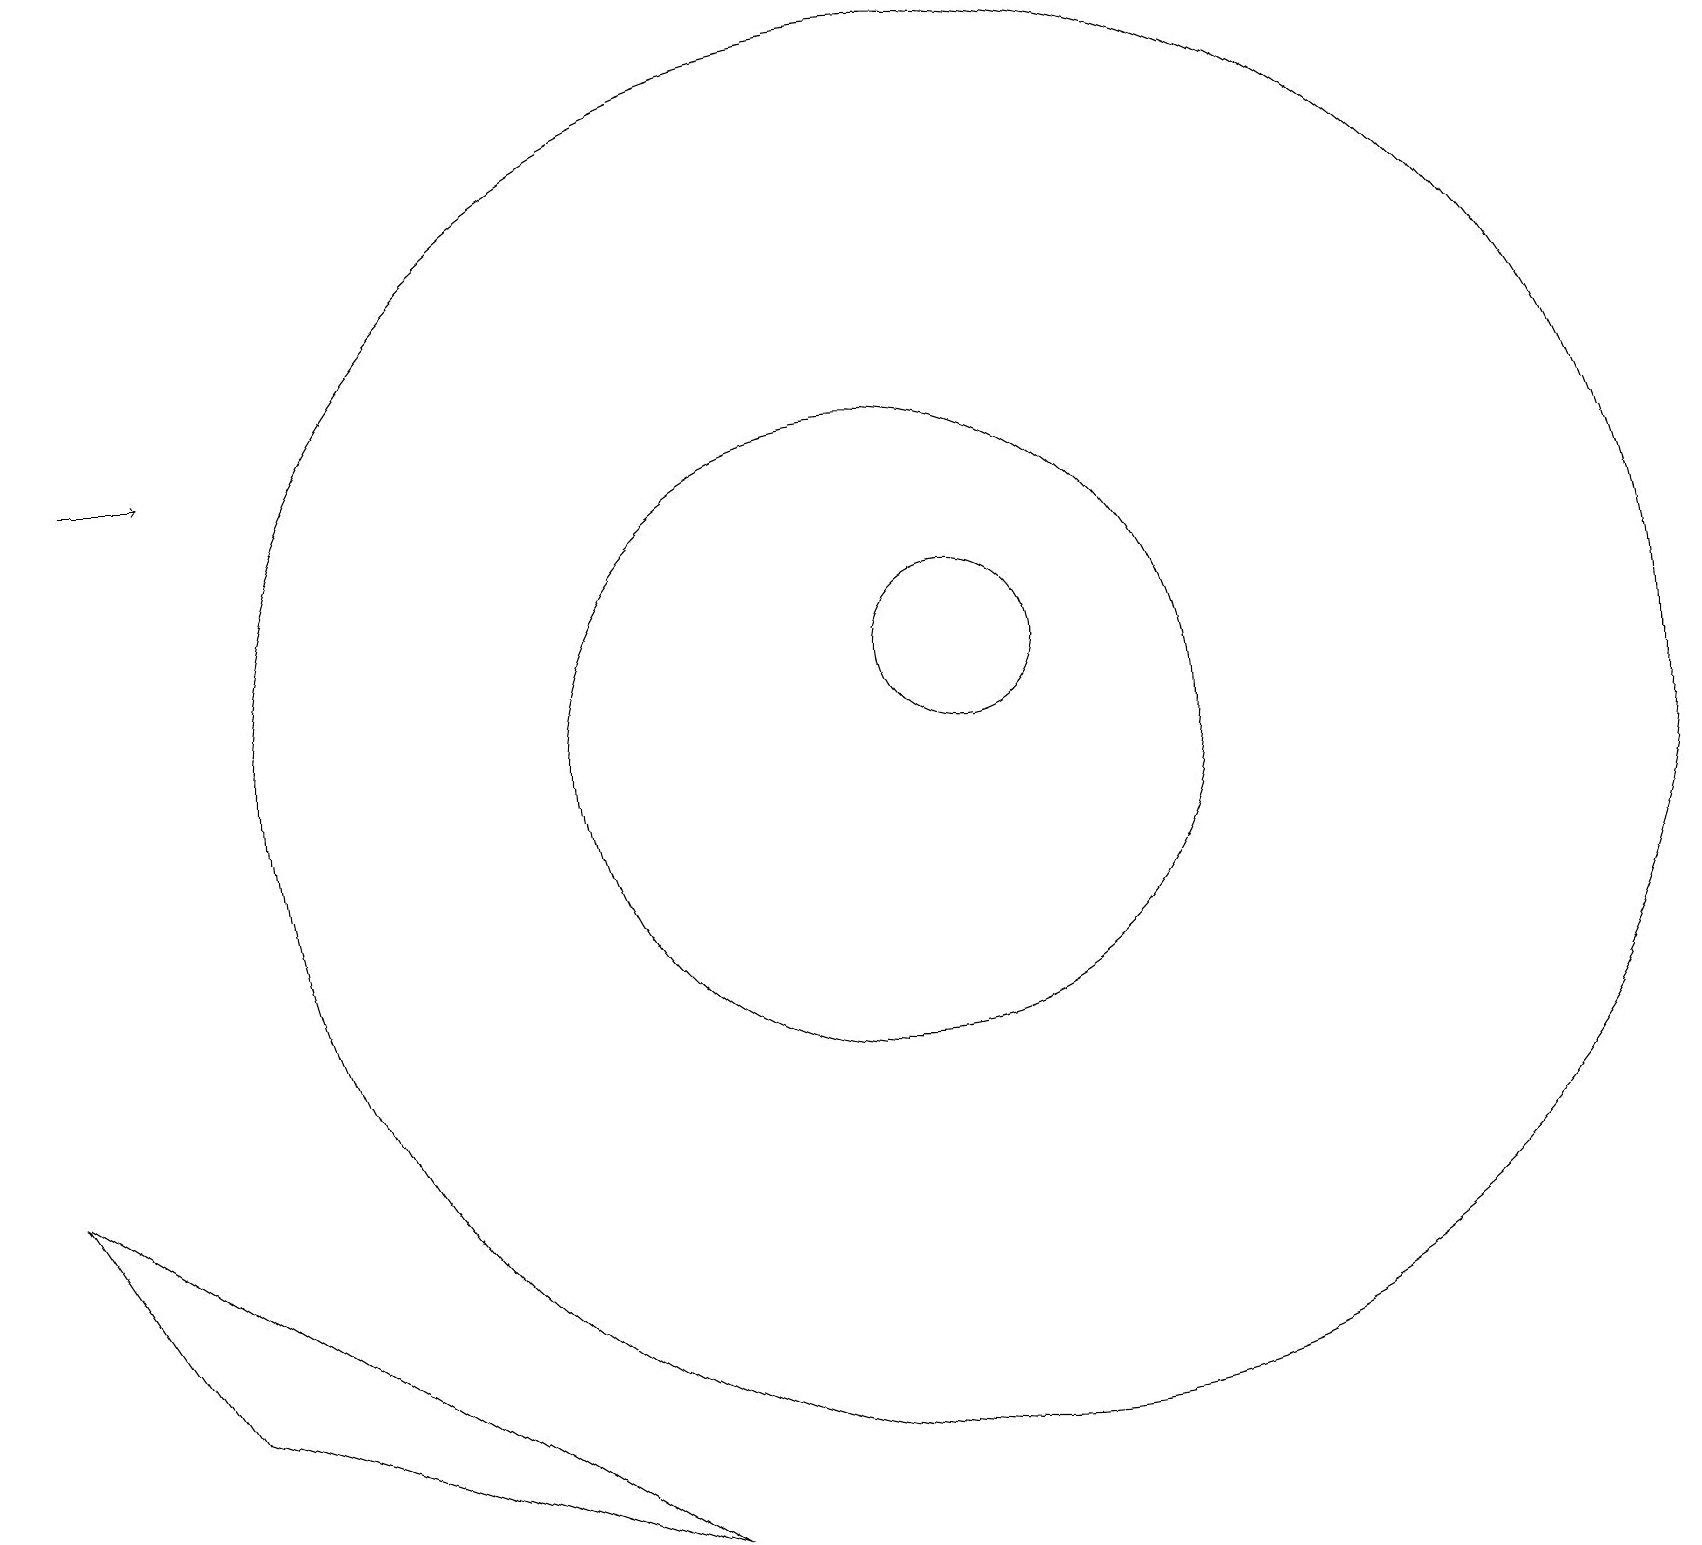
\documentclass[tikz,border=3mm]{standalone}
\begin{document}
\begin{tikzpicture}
\draw (11,11) circle (4);
\draw[->] (1,15) -- (2,15);
\draw (12,11) circle (9);
\draw (12,12) circle (1);
\draw (0,6) -- (2,3) -- (8,1) -- cycle;
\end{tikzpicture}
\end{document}